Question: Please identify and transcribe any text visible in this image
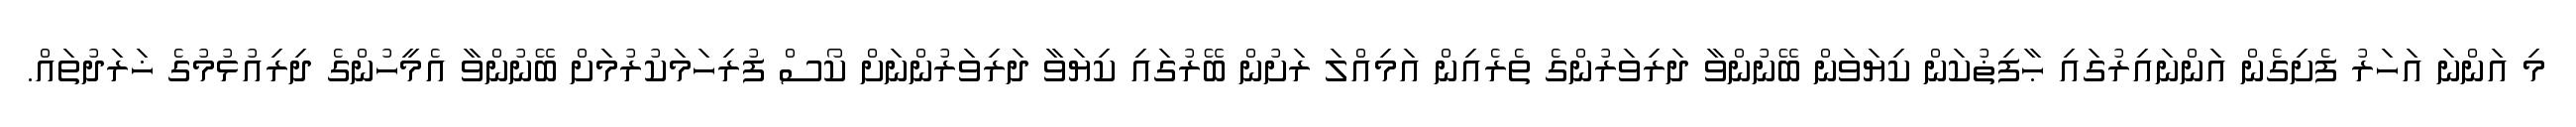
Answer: މި އަންނަ އަހަރު ފެށިގެން އަންނައިރުގައި ޙާފިޡުކަން ކިޔަވަން ބޭނުންވާ ދަރިވަރުންގެ ތެރެއިން އަމިއްލަ ރަށުން ބޭރުގައި ކިޔަވާ ދަރިވަރުންނަށް ކޯސް ފުރިހަމަކުރުމަށް ބޭނުންވާ އެމީހުންގެ ދިރިއުޅުމުގެ ޚަރަދުތައް.